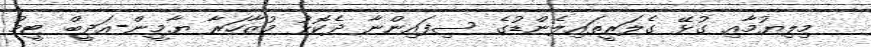
މިލިޔުމާއި ގުޅޭ ގެލަރީތައިލެންޑުގެ ސިފައިންނާ ދެކޮޅު މުޒާހަރާ ޔާމީން-އަދީބް ޓީމު